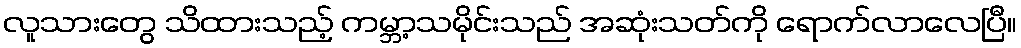
လူသားတွေ သိထားသည့် ကမ္ဘာ့သမိုင်းသည် အဆုံးသတ်ကို ရောက်လာလေပြီ။